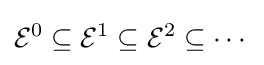
{\mathcal {E}}^{0}\subseteq {\mathcal {E}}^{1}\subseteq {\mathcal {E}}^{2}\subseteq \cdots